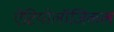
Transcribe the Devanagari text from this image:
ऐटियोलॉजिकल